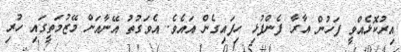
އިރުކޮޅެއްވީ ފަހުން އާރާ ފެންފުޅި ހިފައިގެން އައެވެ. އެވަގުތު އޭނާއަށް މޭޒުމަތީގައި ހުރި